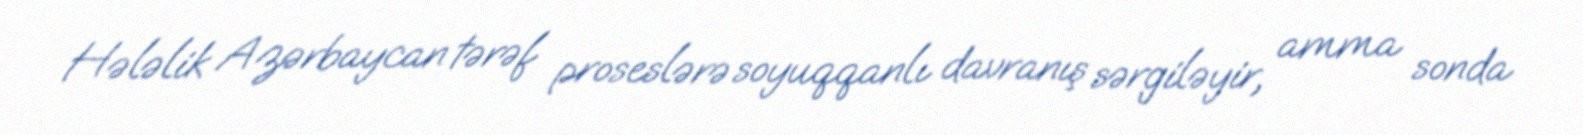
Hələlik Azərbaycan tərəf proseslərə soyuqqanlı davranış sərgiləyir, amma sonda